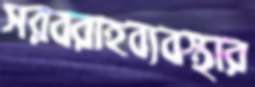
সরবরাহব্যবস্থার